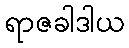
ရာဇခါဒါယ